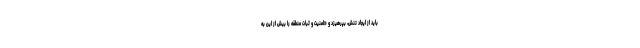
باید از ایجاد تنش، بپرهیزد و «امنیت و ثبات منطقه را بیش از این به